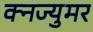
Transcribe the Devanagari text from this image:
क्नज्युमर